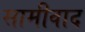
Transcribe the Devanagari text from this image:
सामीवाद